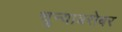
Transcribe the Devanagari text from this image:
चुन्याबरोबर